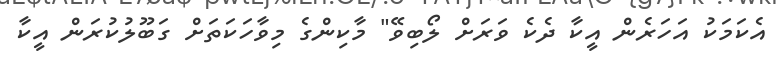
އެކަމަކު އަހަރެން އީކާ ދެކެ ވަރަށް ލޯބިވޭ" މާކިންގެ މިވާހަކަތަށް ގަބޫލުކުރަން އީކާ